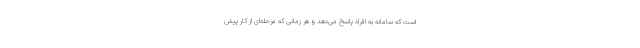
است که سامانه به افراد پاسخ می‌دهد و هر زمانی که مرحله‌ای از کار پیش